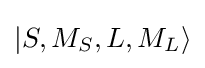
|S,M_{S},L,M_{L}\rangle